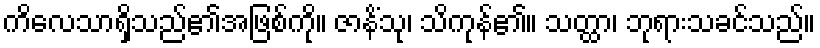
ကိလေသာရှိသည်၏အဖြစ်ကို။ ဇာနိံသု၊ သိကုန်၏။ သတ္ထာ၊ ဘုရားသခင်သည်။